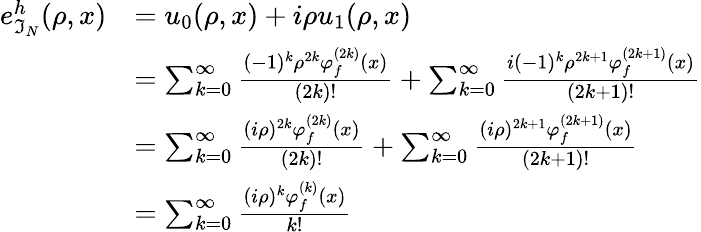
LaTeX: \begin{array}{rl}{e_{\mathfrak{I}_{N}}^{h}(\rho,x)}&{=u_{0}(\rho,x)+i\rho u_{1}(\rho,x)}\\ &{=\sum_{k=0}^{\infty}\frac{(-1)^{k}\rho^{2k}\varphi_{f}^{(2k)}(x)}{(2k)!}+\sum_{k=0}^{\infty}\frac{i(-1)^{k}\rho^{2k+1}\varphi_{f}^{(2k+1)}(x)}{(2k+1)!}}\\ &{=\sum_{k=0}^{\infty}\frac{(i\rho)^{2k}\varphi_{f}^{(2k)}(x)}{(2k)!}+\sum_{k=0}^{\infty}\frac{(i\rho)^{2k+1}\varphi_{f}^{(2k+1)}(x)}{(2k+1)!}}\\ &{=\sum_{k=0}^{\infty}\frac{(i\rho)^{k}\varphi_{f}^{(k)}(x)}{k!}}\end{array}